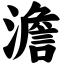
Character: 澹